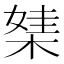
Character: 𣕁